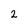
Character: 2